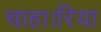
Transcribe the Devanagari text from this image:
चाहा।रिया